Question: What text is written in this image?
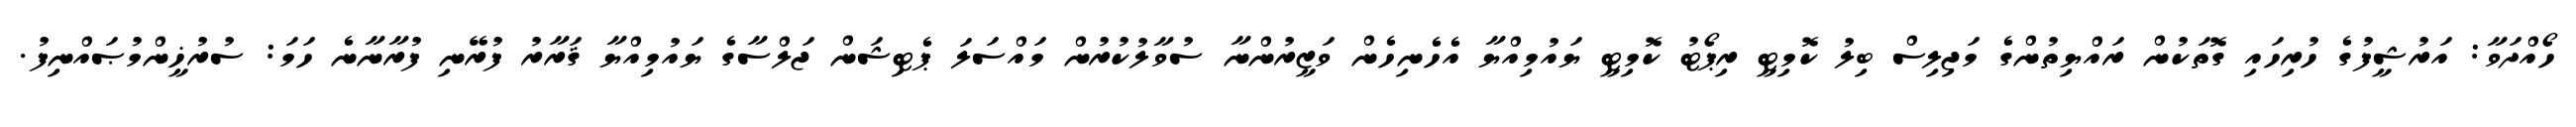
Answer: ހޯއްދަވާ: އަރުޝީފުގެ ހުރިހައި ގޮތަކުން ރައްޔިތުންގެ މަޖިލިސް ބިލު ކޮމިޓީ ރިޕޯޓު ކޮމިޓީ ޔައުމިއްޔާ އެހެނިހެން ވަޒީރުންނާ ސުވާލުކުރުން މައްސަލަ ޕެޓިޝަން ޖަލްސާގެ ޔައުމިއްޔާ ޤަރާރު ފުރޭނި ފުރާނާނެ ހަމަ: ސުރުޚީންމުޞައްނިފު.